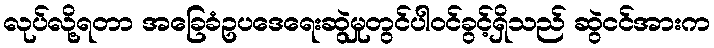
လုပ်လို့ရတာ အခြေခံဥပဒေရေးဆွဲမှုတွင်ပါဝင်ခွင့်ရှိသည် ဆွဲငင်အားက